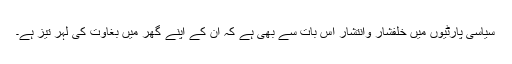
سیاسی پارٹیوں میں خلفشار وانتشار اس بات سے بھی ہے کہ ان کے اپنے گھر میں بغاوت کی لہر تیز ہے۔